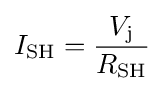
I_{\text{SH}}={\frac {V_{\text{j}}}{R_{\text{SH}}}}